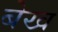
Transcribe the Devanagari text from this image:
बेख